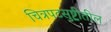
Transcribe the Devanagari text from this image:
चित्रपटसुष्ट्रीतील